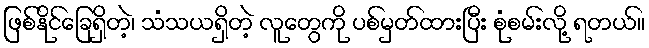
ဖြစ်နိုင်ခြေရှိတဲ့၊ သံသယရှိတဲ့ လူတွေကို ပစ်မှတ်ထားပြီး စုံစမ်းလို့ ရတယ်။